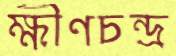
ক্ষীণচন্দ্র